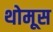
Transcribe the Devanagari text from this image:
थोमूस